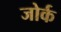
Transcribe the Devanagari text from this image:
जोर्क